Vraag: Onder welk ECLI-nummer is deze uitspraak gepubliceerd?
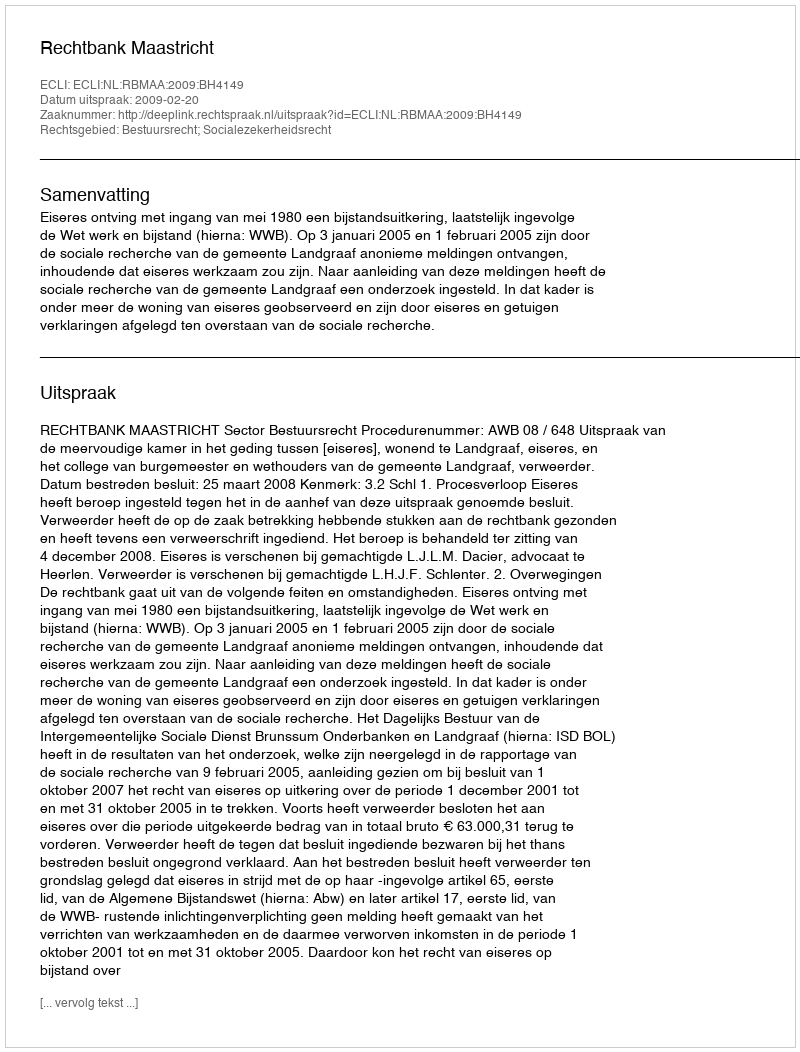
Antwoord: ECLI:NL:RBMAA:2009:BH4149